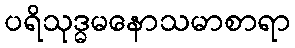
ပရိသုဒ္ဓမနောသမာစာရာ